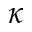
\kappa